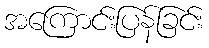
အကြောင်းပြန်ခြင်း